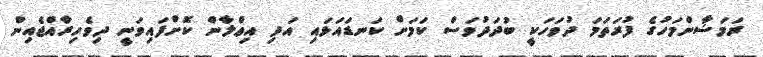
ރަމަޟާންމަހުގެ ފުރަތަމަ ދުވަހަކީ ބުދަދުވަސް ކަމަށް ކަނޑައަޅައި އަދި އިޢްލާން ކޮށްފައިވަނީ ދިވެހިރާއްޖެއިން